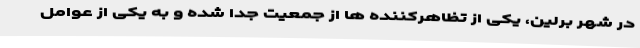
در شهر برلین، یکی از تظاهرکننده ها از جمعیت جدا شده و به یکی از عوامل